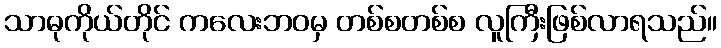
သာဓုကိုယ်တိုင် ကလေးဘဝမှ တစ်စတစ်စ လူကြီးဖြစ်လာရသည်။